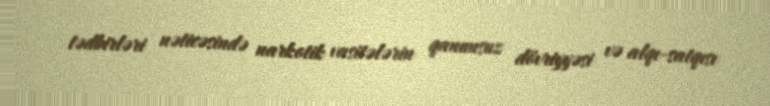
tədbirləri nəticəsində narkotik vasitələrin qanunsuz dövriyyəsi və alqı-satqısı